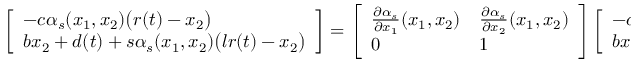
\begin{array} { r } { \left[ \begin{array} { l } { - c \alpha _ { s } ( x _ { 1 } , x _ { 2 } ) \big ( r ( t ) - x _ { 2 } \big ) } \\ { b x _ { 2 } + d ( t ) + s \alpha _ { s } ( x _ { 1 } , x _ { 2 } ) \big ( l r ( t ) - x _ { 2 } \big ) } \end{array} \right] = \left[ \begin{array} { l l } { \frac { \partial \alpha _ { s } } { \partial x _ { 1 } } ( x _ { 1 } , x _ { 2 } ) } & { \frac { \partial \alpha _ { s } } { \partial x _ { 2 } } ( x _ { 1 } , x _ { 2 } ) } \\ { 0 } & { 1 } \end{array} \right] \left[ \begin{array} { l } { - c x _ { 1 } \big ( r ( t ) - x _ { 2 } \big ) } \\ { b x _ { 2 } + d ( t ) + x _ { 1 } \big ( l r ( t ) - x _ { 2 } \big ) } \end{array} \right] . } \end{array}